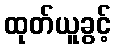
ထုတ်ယူခွင့်